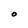
Character: O